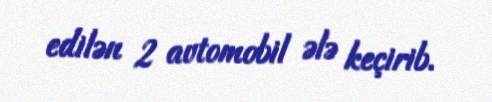
edilən 2 avtomobil ələ keçirib.